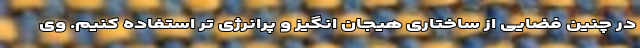
در چنین فضایی از ساختاری هیجان انگیز و پرانرژی تر استفاده کنیم. وی